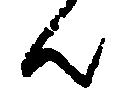
ん